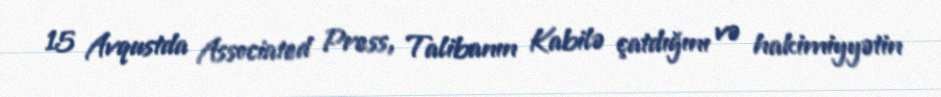
15 Avqustda Associated Press, Talibanın Kabilə çatdığını və hakimiyyətin